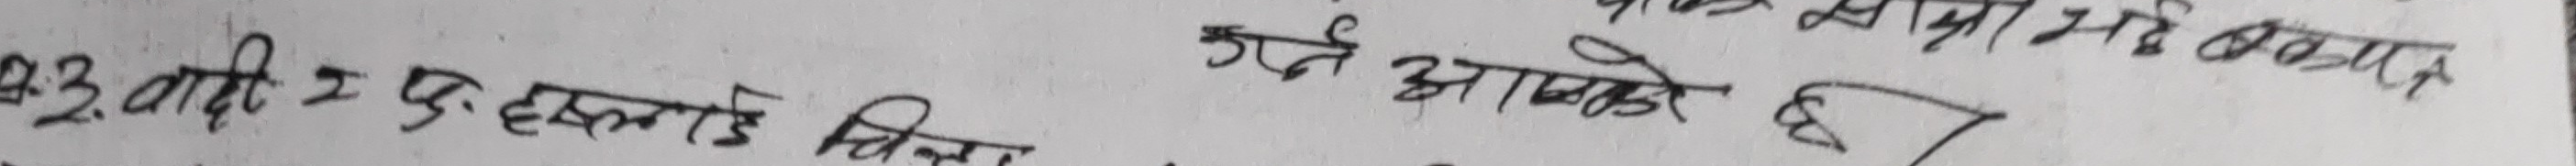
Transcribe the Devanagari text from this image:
२.३. वादीः द. हुकमसिंह जिम्बा